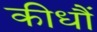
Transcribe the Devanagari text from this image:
कीधौं